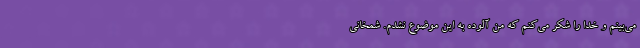
می‌بینم و خدا را شکر می‌کنم که من آلوده به این موضوع نشدم. شمخانی